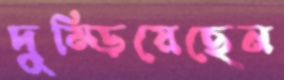
দুম্‌ড়িয়েছেন